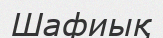
Шафиық